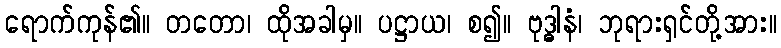
ရောက်ကုန်၏။ တတော၊ ထိုအခါမှ။ ပဋ္ဌာယ၊ စ၍။ ဗုဒ္ဓါနံ၊ ဘုရားရှင်တို့အား။